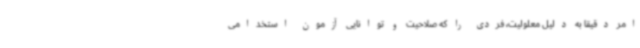
امر دقیقا به دلیل معلولیت، فردی را که صلاحیت و توانایی آزمون استخدامی